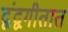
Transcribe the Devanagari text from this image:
द्वंद्वगीतात